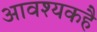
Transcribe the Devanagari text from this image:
आवश्यकहै